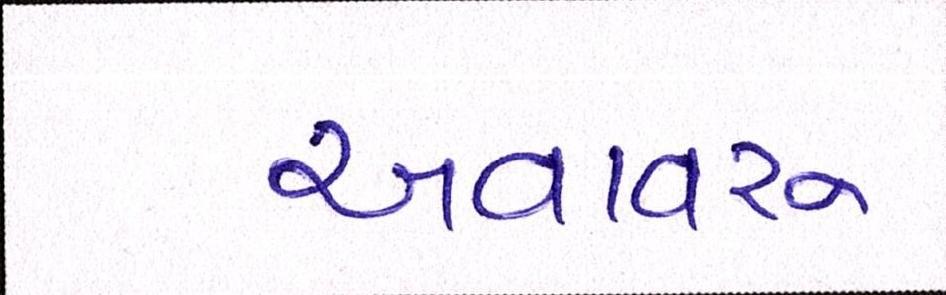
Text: અવાવરૂ